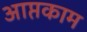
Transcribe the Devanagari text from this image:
आप्तकाम